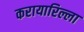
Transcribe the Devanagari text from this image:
करायारिल्ला